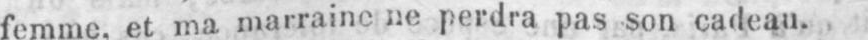
femme, et ma marraine ne perdra pas son cadeau.